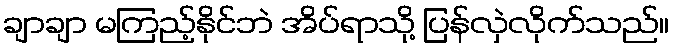
ချာချာ မကြည့်နိုင်ဘဲ အိပ်ရာသို့ ပြန်လှဲလိုက်သည်။